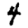
Digit: 4